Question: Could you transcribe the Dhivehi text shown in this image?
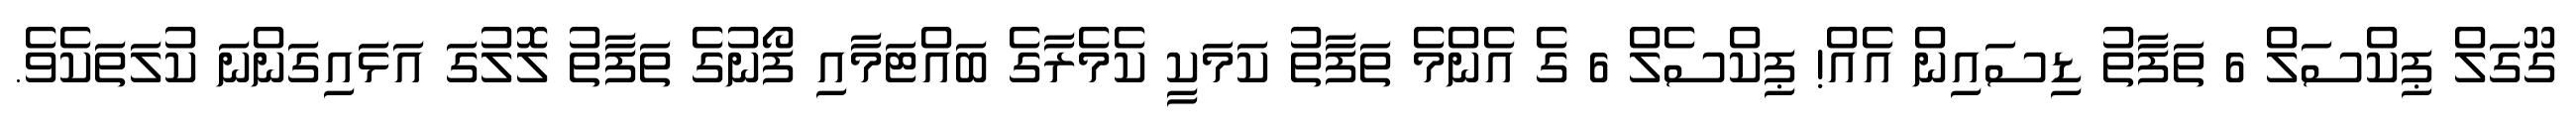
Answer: ގޫގަލް ޕިކްސަލް 6 ތަފާތު ޑިސައިން އެއް! ޕިކްސެލް 6 ގެ އެންމެ ތަފާތު ކަމަކީ ކެމެރާގެ ބައްޓަމާއި ފޯނުގެ ތަފާތު ލޮލުގަ އަޅައިގަންނަ ކުލަތަކެވެ.